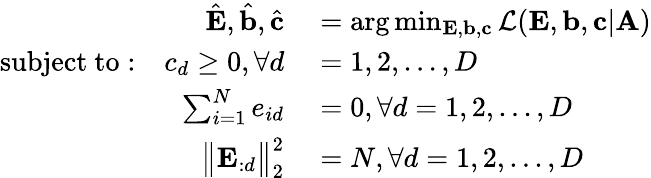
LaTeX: \begin{array}{rl}{\hat{\mathbf{E}},\hat{\mathbf{b}},\hat{\mathbf{c}}}&{{}=\arg\operatorname*{min}_{\mathbf{E},{\mathbf{b}},{\mathbf{c}}}\mathcal{L}({\mathbf{E}},{\mathbf{b}},{\mathbf{c}}|{\mathbf{A}})}\\ {{\mathrm{subject~to}}:~~~c_{d}\geq 0,\forall d}&{{}=1,2,...,D}\\ {\sum_{i=1}^{N}e_{id}}&{{}=0,\forall d=1,2,...,D}\\ {\big\| {\mathbf{E}}_{:d}\big\| _{2}^{2}}&{{}=N,\forall d=1,2,...,D}\end{array}